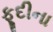
ફૂદીના